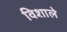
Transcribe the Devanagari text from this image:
विशाले